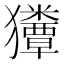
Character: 𰡬